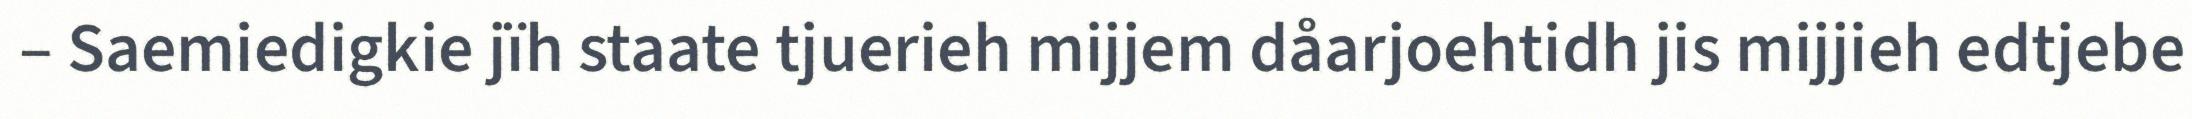
– Saemiedigkie jïh staate tjuerieh mijjem dåarjoehtidh jis mijjieh edtjebe